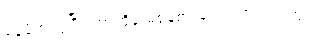
နေဖို့ကလွဲပြီး ဘာကိုမှ မစွန့်စားချင်တတ်ကြပါဘူး။